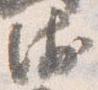
衛